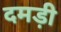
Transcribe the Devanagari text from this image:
दमड़ी